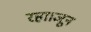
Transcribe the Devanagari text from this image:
रहा।जून